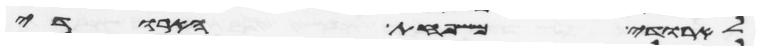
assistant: לארודי משפחת הארודי